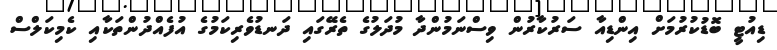
ޑިއުޓީ ބޮޑުކުރުމަށް އިންޑިއާ ސަރުކާރުން ވިސްނަމުންދާ މުދަލުގެ ތެރޭގައި ދަނޑުވެރިކަމުގެ އުފެއްދުންތަކާއި ކެމިކަލްސް